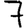
Digit: 7